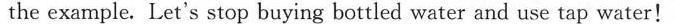
the example. Let's stop buying bottled water and use tap water!